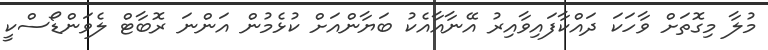
މުލާ މިގޮތަށް ވާހަކަ ދައްކާފައިވާއިރު އޭނާއާއެކު ބަޔާންއަށް ކުޅެމުން އަންނަ ރޮބާޓް ލެވަންޑޯސްކީ